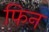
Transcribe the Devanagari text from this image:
फिन